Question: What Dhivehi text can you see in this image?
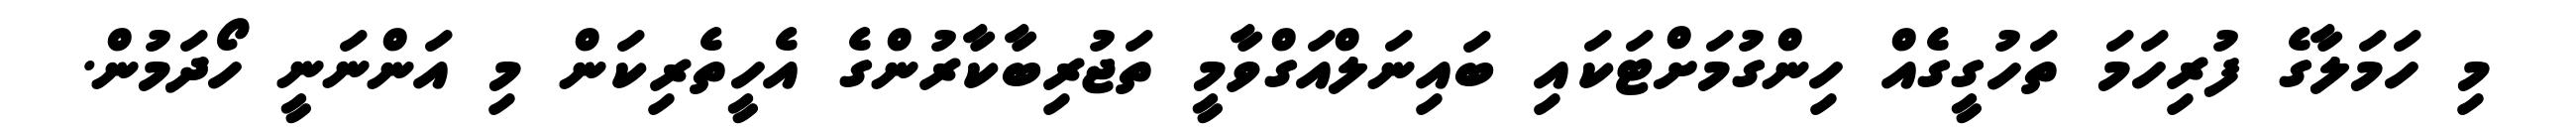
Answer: މި ހަމަލާގެ ފުރިހަމަ ތަހުގީގެއް ހިންގުމަށްޓަކައި ބައިނަލްއަގްވާމީ ތަޖުރިބާކާރުންގެ އެހީތެރިކަން މި އަންނަނީ ހޯދަމުން.